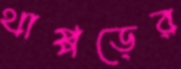
থাপ্পড়ের